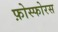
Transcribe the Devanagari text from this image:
फ़ोस्फोरस